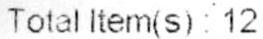
TOTAL ITEM(S) : 12